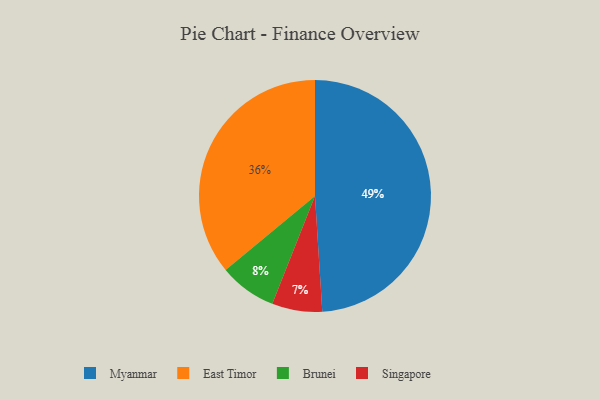
{"axis": {"x": "Category", "y": "Percentage"}, "legend": ["Brunei", "East Timor", "Myanmar", "Singapore"], "data": [{"x": "East Timor", "y": 36, "type": "East Timor"}, {"x": "Singapore", "y": 7, "type": "Singapore"}, {"x": "Myanmar", "y": 49, "type": "Myanmar"}, {"x": "Brunei", "y": 8, "type": "Brunei"}]}